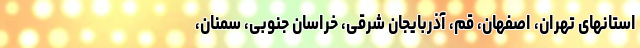
استانهای تهران، اصفهان، قم، آذربایجان شرقی، خراسان جنوبی، سمنان،